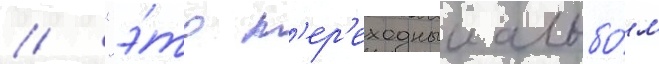
// "э́то п'ер'еходныи альбо́м